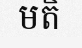
មតិ